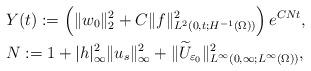
LaTeX: \begin{align*}&Y(t):=\left(\|w_0\|_2^2+C\|f\|_{L^2(0,t; H^{-1}(\Omega))}^2\right)e^{CNt}, \\&N:=1+|h|_\infty^2\|u_s\|_\infty^2+\|\widetilde U_{\varepsilon_0}\|_{L^\infty(0,\infty; L^\infty(\Omega))}^2,\end{align*}